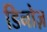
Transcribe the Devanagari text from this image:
डिनोज़